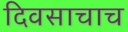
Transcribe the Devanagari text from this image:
दिवसाचाच